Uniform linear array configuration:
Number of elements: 24
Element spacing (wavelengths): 0.5
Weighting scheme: cosine
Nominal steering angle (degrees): -15
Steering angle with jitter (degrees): -16.976
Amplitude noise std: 0.05
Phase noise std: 0.05

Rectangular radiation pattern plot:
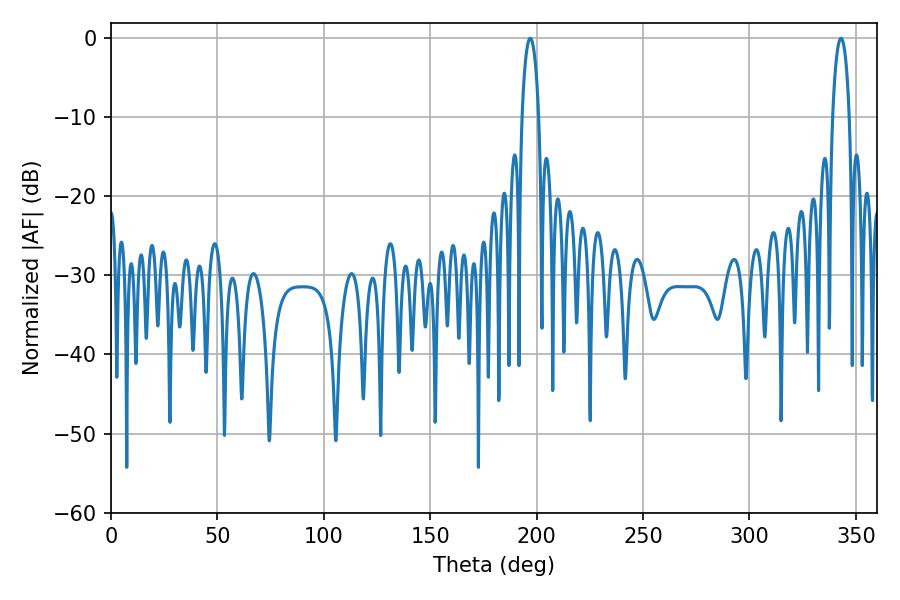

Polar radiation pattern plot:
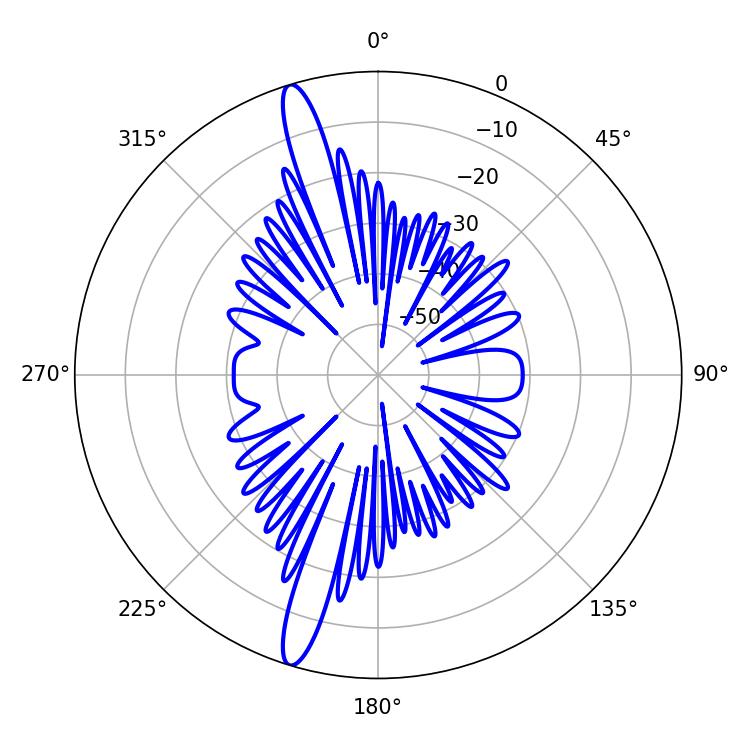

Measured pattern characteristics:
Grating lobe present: FALSE
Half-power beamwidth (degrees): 4.5
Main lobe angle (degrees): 196.92